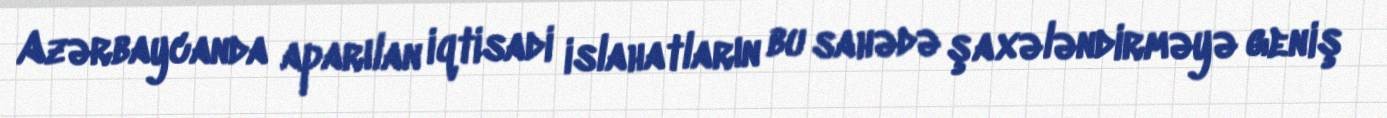
Azərbaycanda aparılan iqtisadi islahatların bu sahədə şaxələndirməyə geniş